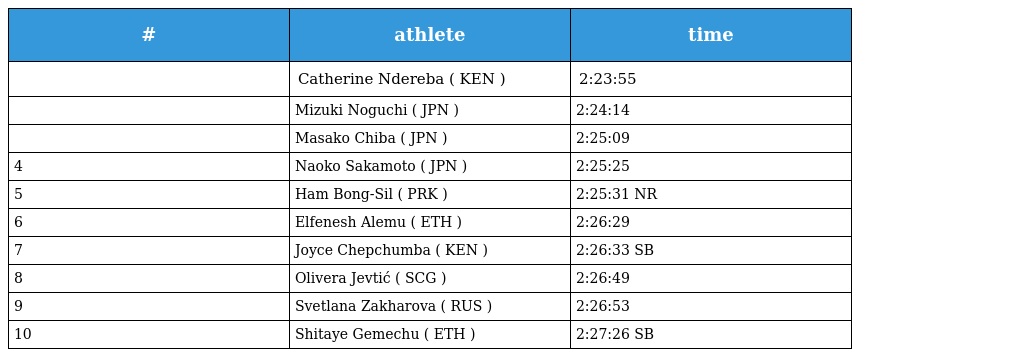
| # | athlete | time |
 | --- | --- | --- |
 |  | Catherine Ndereba ( KEN ) | 2:23:55 |
 |  | Mizuki Noguchi ( JPN ) | 2:24:14 |
 |  | Masako Chiba ( JPN ) | 2:25:09 |
 | 4 | Naoko Sakamoto ( JPN ) | 2:25:25 |
 | 5 | Ham Bong-Sil ( PRK ) | 2:25:31 NR |
 | 6 | Elfenesh Alemu ( ETH ) | 2:26:29 |
 | 7 | Joyce Chepchumba ( KEN ) | 2:26:33 SB |
 | 8 | Olivera Jevtić ( SCG ) | 2:26:49 |
 | 9 | Svetlana Zakharova ( RUS ) | 2:26:53 |
 | 10 | Shitaye Gemechu ( ETH ) | 2:27:26 SB |